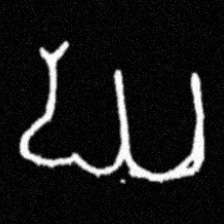
Pyu character \u2014 Myanmar letter: ဃ (romanized: gha)